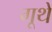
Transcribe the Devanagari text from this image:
गूथे